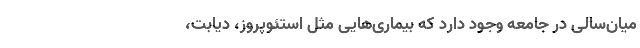
میان‌سالی در جامعه وجود دارد که بیماری‌هایی مثل استئوپروز، ‌دیابت،